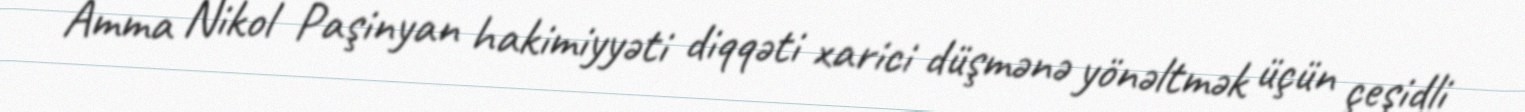
Amma Nikol Paşinyan hakimiyyəti diqqəti xarici düşmənə yönəltmək üçün çeşidli